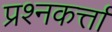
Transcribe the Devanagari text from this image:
प्रश्नकर्त्ता